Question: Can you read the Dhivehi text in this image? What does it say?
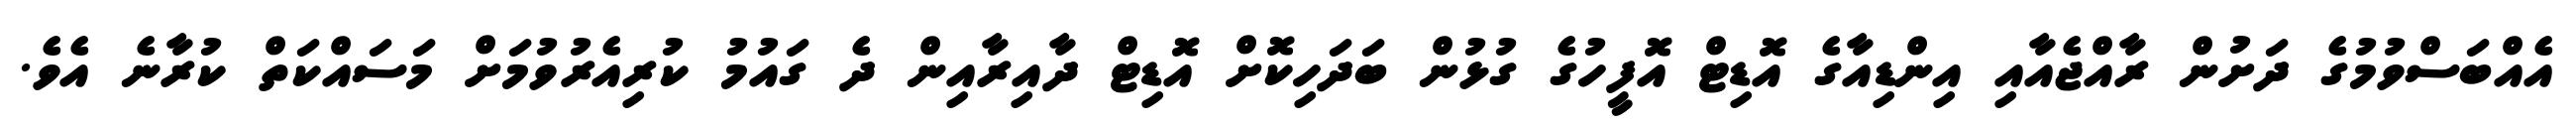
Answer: އެއްބަސްވުމުގެ ދަށުން ރާއްޖެއާއި އިންޑިއާގެ އޮޑިޓް އޮފީހުގެ ގުޅުން ބަދަހިކޮށް އޮޑިޓް ދާއިރާއިން ދެ ގައުމު ކުރިއެރުވުމަށް މަސައްކަތް ކުރާނެ އެވެ.